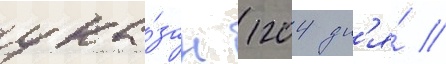
ука́зан 1204 дн'я́ //